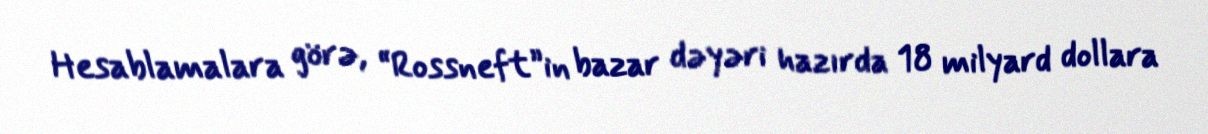
Hesablamalara görə, “Rossneft”in bazar dəyəri hazırda 18 milyard dollara